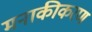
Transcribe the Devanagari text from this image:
मनाकीकरण